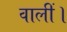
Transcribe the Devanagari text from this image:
वालीं।